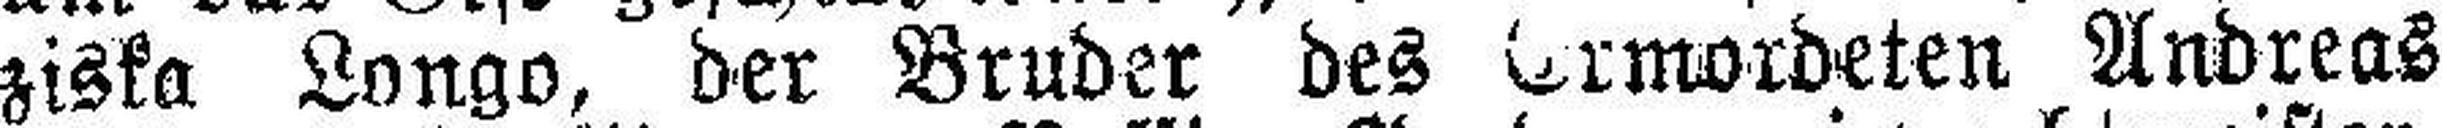
ziska Longo, der Bruder des Ermordeten Andreas